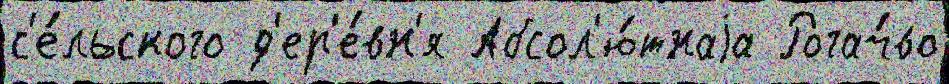
с'е́льского д'ер'е́вн'я Абсол'ю́тнаjа Рогач́во